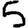
Digit: 5